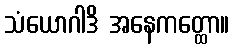
သံယောဂါဒိ အနေကတ္ထော။